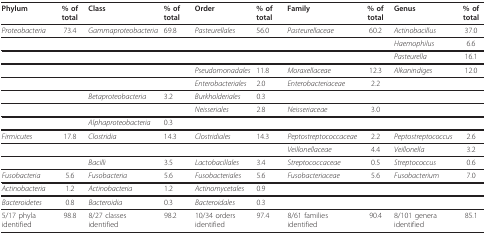
<table><thead><tr><td><b>Phylum</b></td><td><b>% of total</b></td><td><b>Class</b></td><td><b>% of total</b></td><td><b>Order</b></td><td><b>% of total</b></td><td><b>Family</b></td><td><b>% of total</b></td><td><b>Genus</b></td><td><b>% of total</b></td></tr></thead><tbody><tr><td><i>Proteobacteria</i></td><td>73.4</td><td><i>Gammaproteobacteria</i></td><td>69.8</td><td><i>Pasteurellales</i></td><td>56.0</td><td><i>Pasteurellaceae</i></td><td>60.2</td><td><i>Actinobacillus</i></td><td>37.0</td></tr><tr><td></td><td></td><td></td><td></td><td></td><td></td><td></td><td></td><td><i>Haemophilus</i></td><td>6.6</td></tr><tr><td></td><td></td><td></td><td></td><td></td><td></td><td></td><td></td><td><i>Pasteurella</i></td><td>16.1</td></tr><tr><td></td><td></td><td></td><td></td><td><i>Pseudomonadales</i></td><td>11.8</td><td><i>Moraxellaceae</i></td><td>12.3</td><td><i>Alkanindiges</i></td><td>12.0</td></tr><tr><td></td><td></td><td></td><td></td><td><i>Enterobacteriales</i></td><td>2.0</td><td><i>Enterobacteriaceae</i></td><td>2.2</td><td></td><td></td></tr><tr><td></td><td></td><td><i>Betaproteobacteria</i></td><td>3.2</td><td><i>Burkholderiales</i></td><td>0.3</td><td></td><td></td><td></td><td></td></tr><tr><td></td><td></td><td></td><td></td><td><i>Neisseriales</i></td><td>2.8</td><td><i>Neisseriaceae</i></td><td>3.0</td><td></td><td></td></tr><tr><td></td><td></td><td><i>Alphaproteobacteria</i></td><td>0.3</td><td></td><td></td><td></td><td></td><td></td><td></td></tr><tr><td><i>Firmicutes</i></td><td>17.8</td><td><i>Clostridia</i></td><td>14.3</td><td><i>Clostridiales</i></td><td>14.3</td><td><i>Peptostreptococcaceae</i></td><td>2.2</td><td><i>Peptostreptococcus</i></td><td>2.6</td></tr><tr><td></td><td></td><td></td><td></td><td></td><td></td><td><i>Veillonellaceae</i></td><td>4.4</td><td><i>Veillonella</i></td><td>3.2</td></tr><tr><td></td><td></td><td><i>Bacilli</i></td><td>3.5</td><td><i>Lactobacillales</i></td><td>3.4</td><td><i>Streptococcaceae</i></td><td>0.5</td><td><i>Streptococcus</i></td><td>0.6</td></tr><tr><td><i>Fusobacteria</i></td><td>5.6</td><td><i>Fusobacteria</i></td><td>5.6</td><td><i>Fusobacteriales</i></td><td>5.6</td><td><i>Fusobacteriaceae</i></td><td>5.6</td><td><i>Fusobacterium</i></td><td>7.0</td></tr><tr><td><i>Actinobacteria</i></td><td>1.2</td><td><i>Actinobacteria</i></td><td>1.2</td><td><i>Actinomycetales</i></td><td>0.9</td><td></td><td></td><td></td><td></td></tr><tr><td><i>Bacteroidetes</i></td><td>0.8</td><td><i>Bacteroidia</i></td><td>0.3</td><td><i>Bacteroidales</i></td><td>0.3</td><td></td><td></td><td></td><td></td></tr><tr><td>5/17 phyla identified</td><td>98.8</td><td>8/27 classes identified</td><td>98.2</td><td>10/34 orders identified</td><td>97.4</td><td>8/61 families identified</td><td>90.4</td><td>8/101 genera identified</td><td>85.1</td></tr></tbody></table>